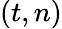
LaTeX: (t,n)